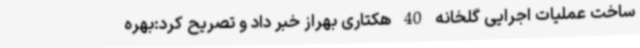
ساخت عملیات اجرایی گلخانه 40 هکتاری بهراز خبر داد و تصریح کرد:بهره